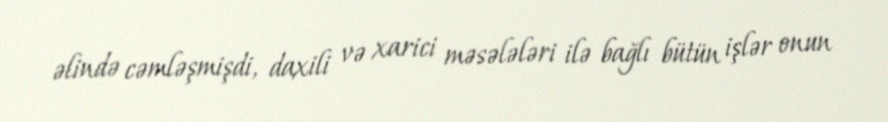
əlində cəmləşmişdi, daxili və xarici məsələləri ilə bağlı bütün işlər onun